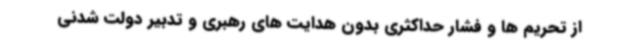
از تحریم ها و فشار حداکثری بدون هدایت های رهبری و تدبیر دولت شدنی